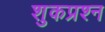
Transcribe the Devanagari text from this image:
शुकप्रश्न